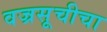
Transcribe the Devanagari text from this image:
वज्रसूचीचा